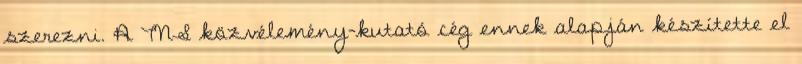
szerezni. A TNS közvélemény-kutató cég ennek alapján készítette el